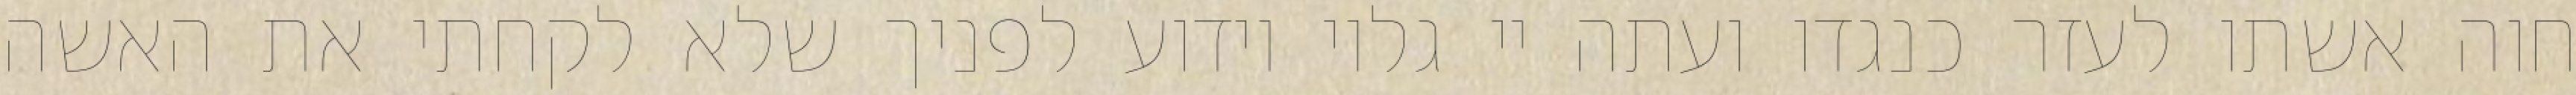
חוה אשתו לעזר כנגדו ועתה יי גלוי וידוע לפניך שלא לקחתי את האשה